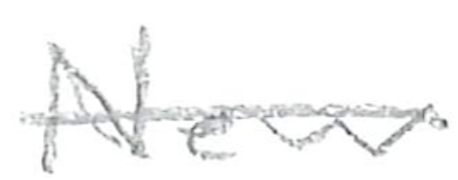
Text: New
Cross-out: single-line
Writing tool: pencil